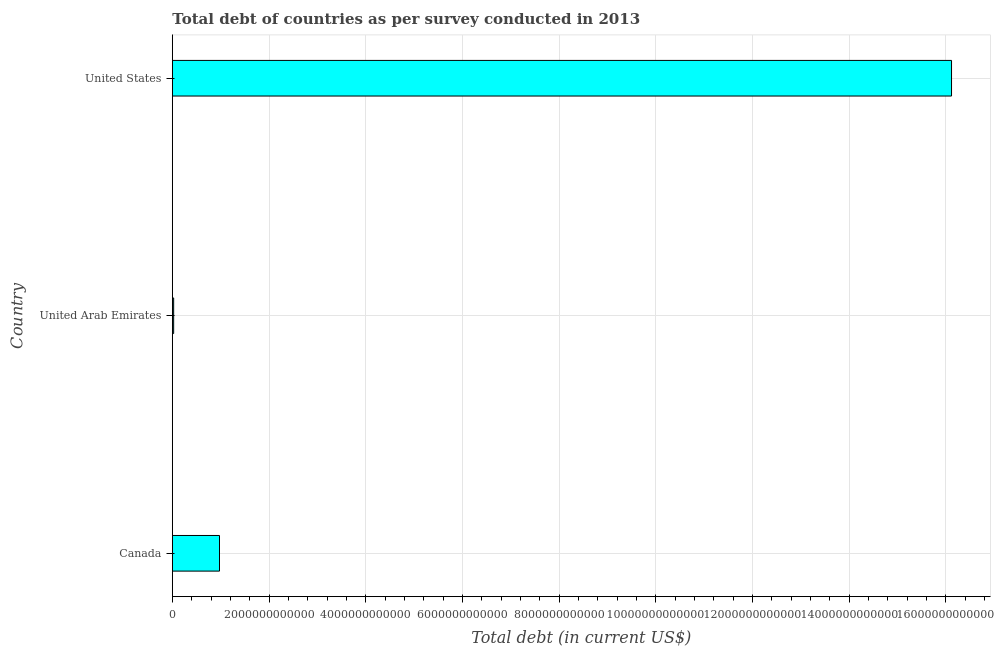
| Country | Central government debt |
 | --- | --- |
 | Canada | 9.75e+11 |
 | United Arab Emirates | 2.71e+10 |
 | United States | 1.61e+13 |